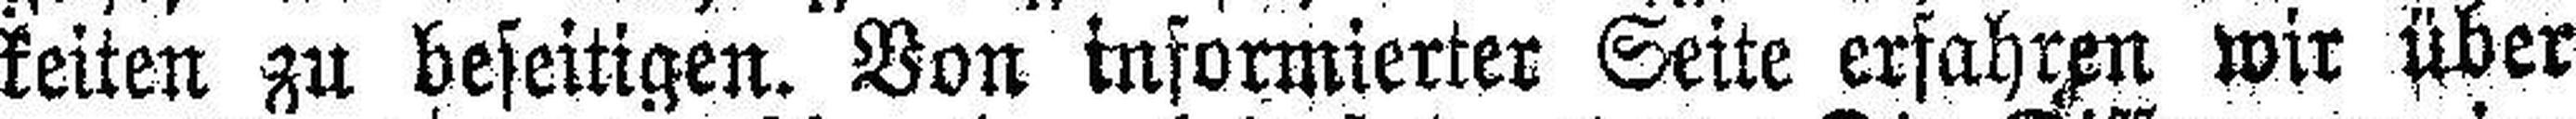
keiten zu beseitigen. Von informierter Seite erfahren wir über